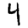
Digit: 4